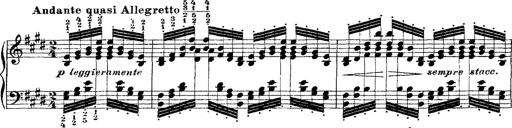
Title: Ã‰tudes d'exÃ©cution transcendante d'aprÃ¨s Paganini
Composer: Franz Liszt